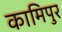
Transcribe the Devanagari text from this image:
कामिपुर